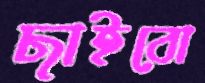
ছাইবো